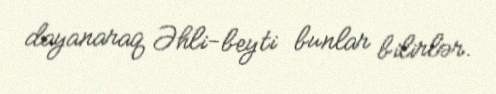
dayanaraq Əhli-beyti bunlar bilirlər.